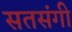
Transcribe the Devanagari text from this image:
सतसंगी